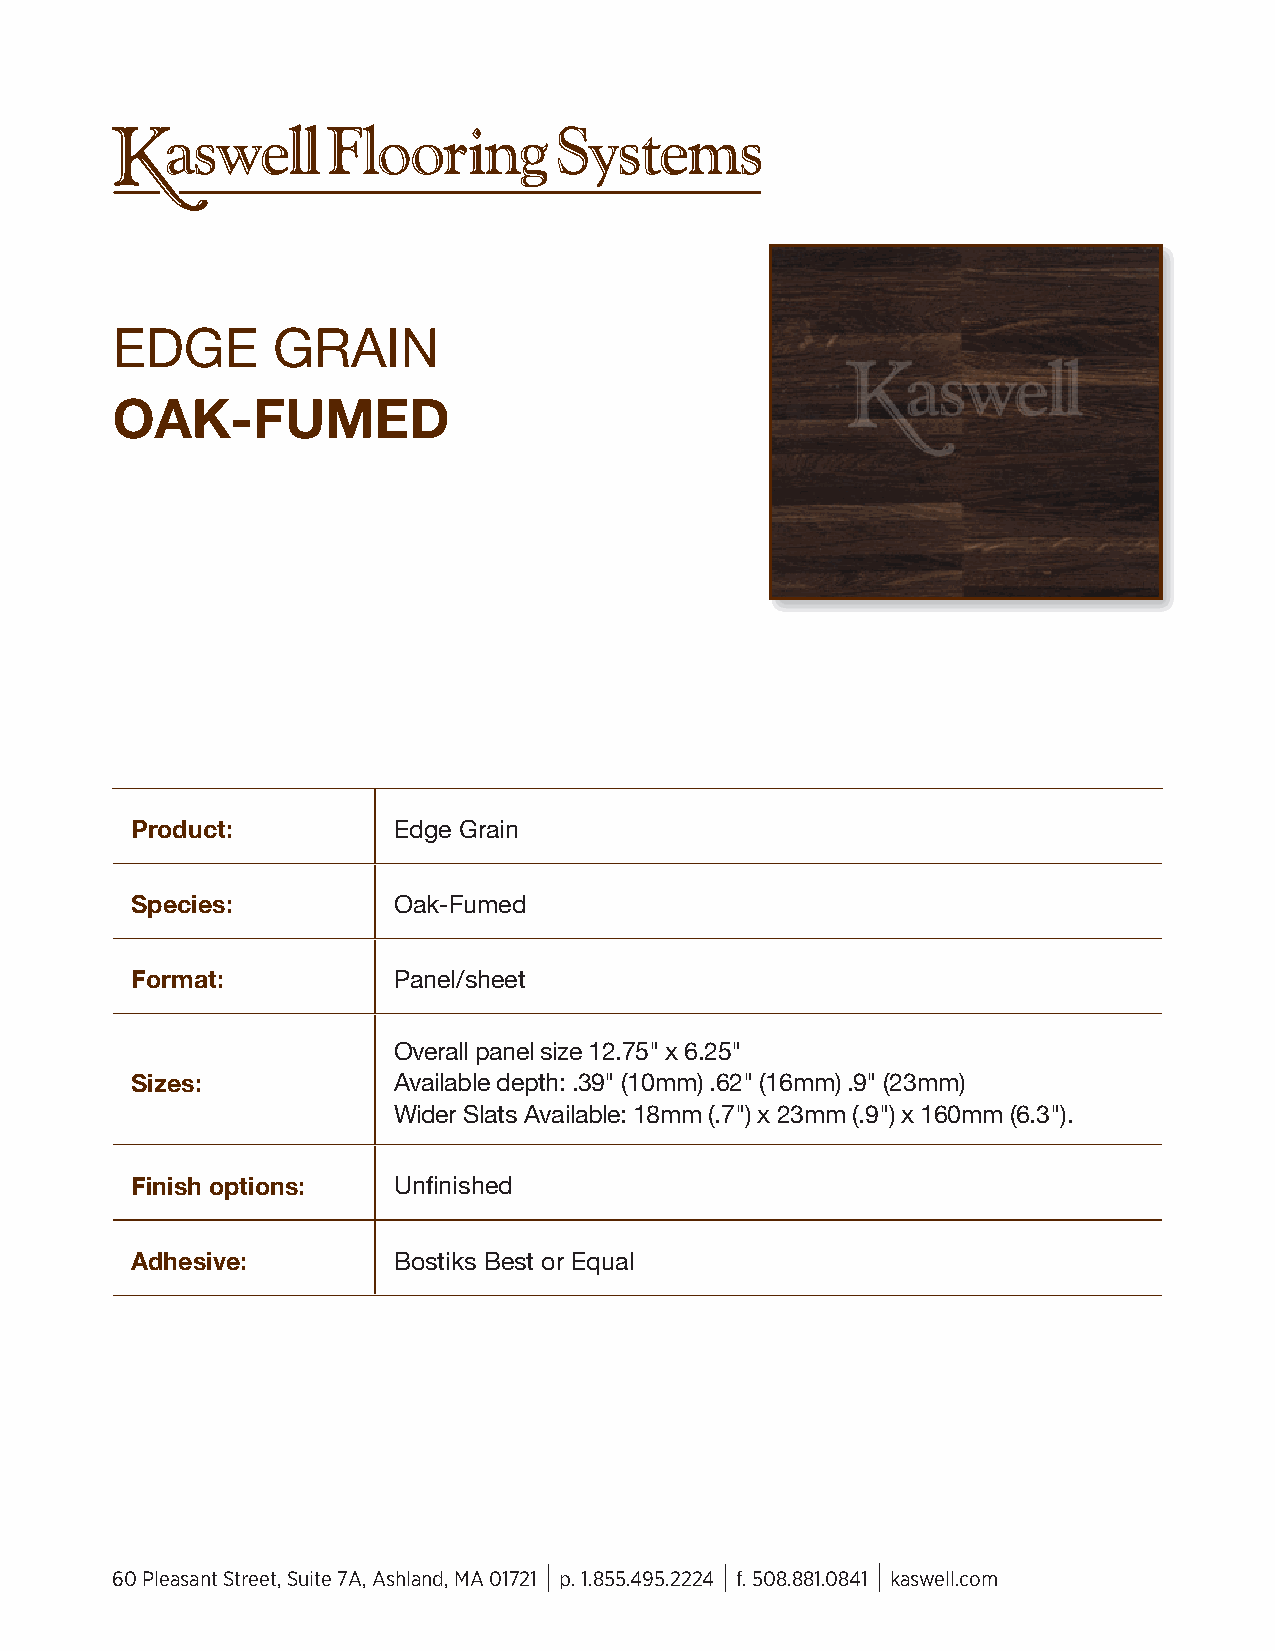
K   aswell     Flooring       Systems
 EDGE       GRAIN
 OAK-FUMED
 Product:         Edge Grain
 Species:         Oak-Fumed
 Format:          Panel/sheet
 Overall panel size 12.75" x 6.25"
 Sizes:           Available depth: .39" (10mm) .62" (16mm) .9" (23mm)
 Wider Slats Available: 18mm (.7") x 23mm (.9") x 160mm (6.3").
 Finish options:  Unfi nished
 Adhesive:        Bostiks Best or Equal
 60 Pleasant Street, Suite 7A, Ashland, MA 01721 p. 1.855.495.2224 f. 508.881.0841 kaswell.com